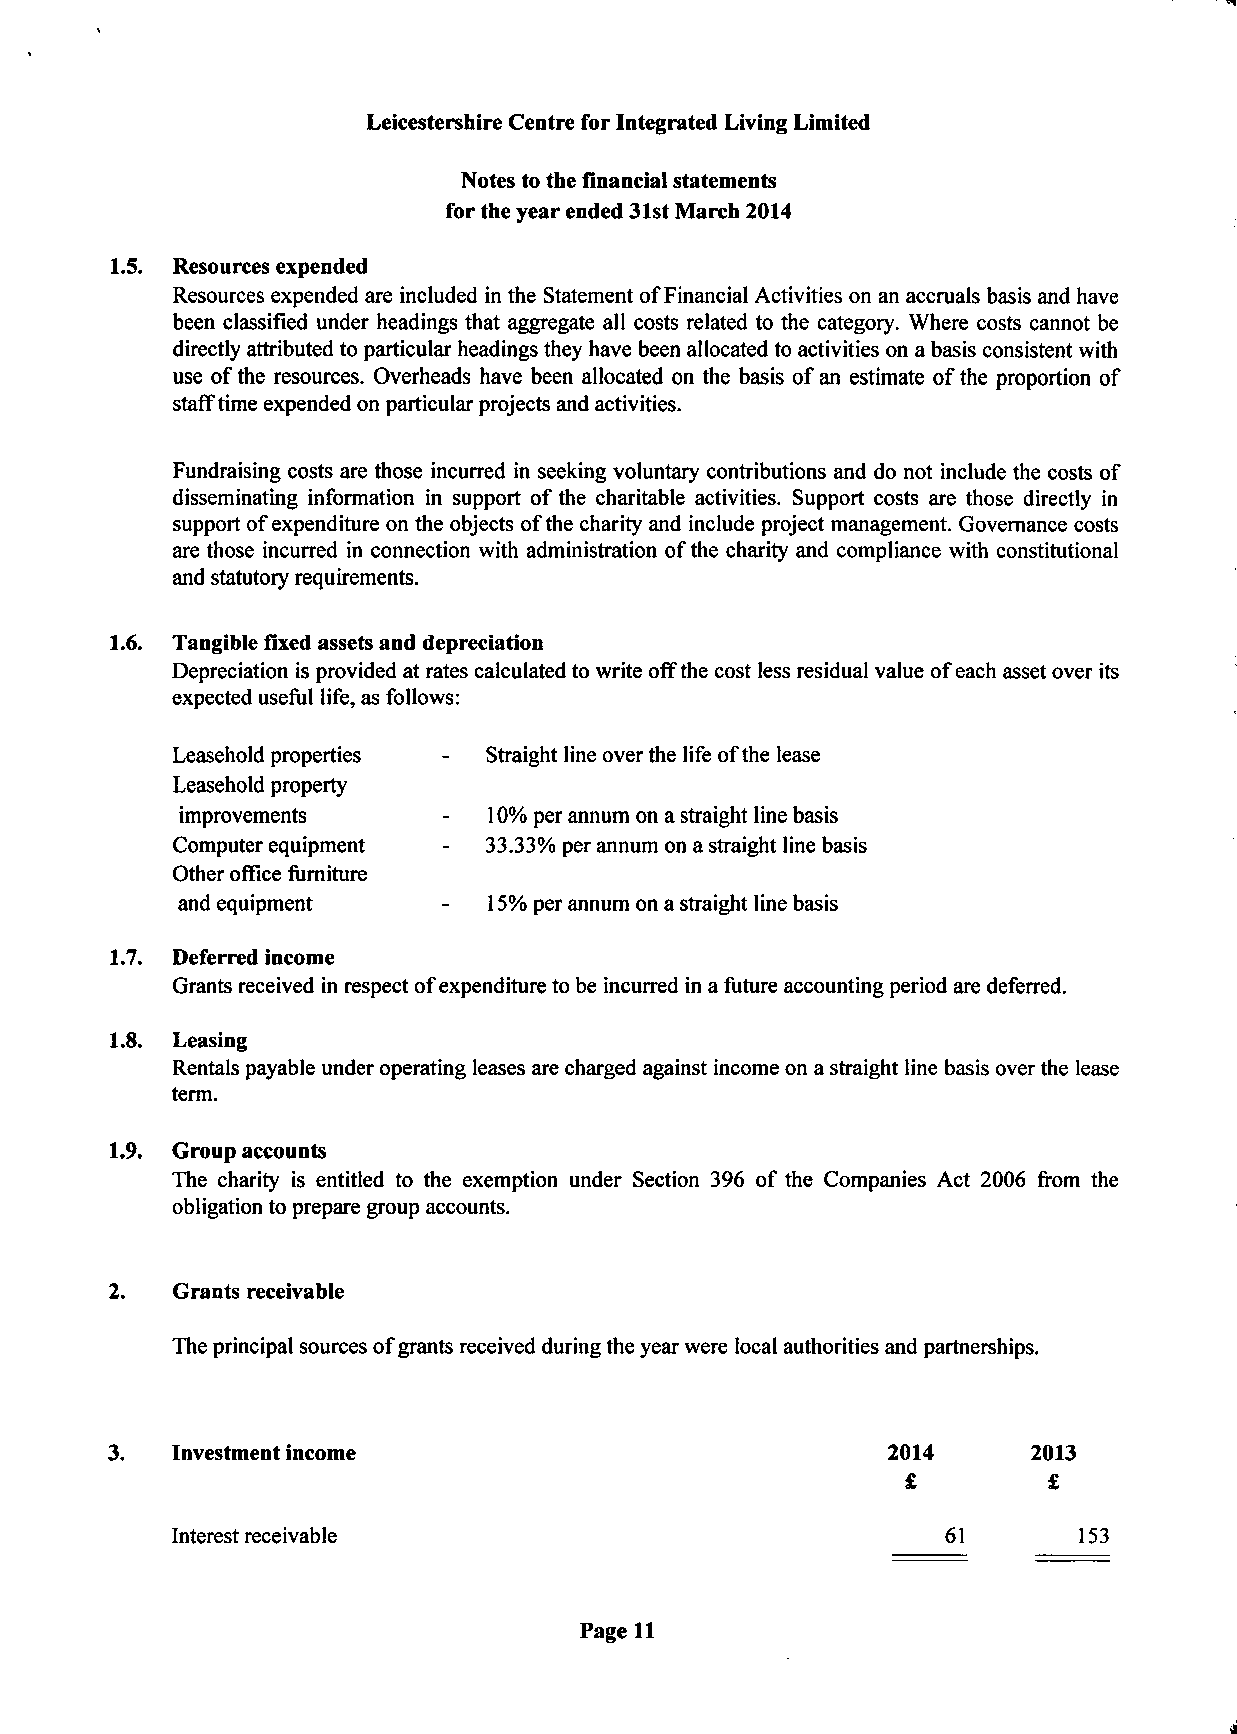
•  ^
 Leicestershire Centre for Integrated Living Limited
 Notes to the financial statements
 for the year ended 31st March 2014
 1.5. Resources expended
 Resources expended are included in the Statement of Financial Activities on an accruals basis and have
 been classified under headings that aggregate all costs related to the category. Where costs cannot be
 directly attributed to particular headings they have been allocated to activities on a basis consistent with
 use of the resources. Overheads have been allocated on the basis of an estimate of the proportion of
 staff time expended on particular projects and activities.
 Fundraising costs are those incurred in seeking voluntary contributions and do not include the costs of
 disseminating information in support of the charitable activities. Support costs are those directly in
 support of expenditure on the objects of the charity and include project management. Governance costs
 are those incurred in connection with administration of the charity and compliance with constitutional
 and statutory requirements.
 1.6. Tangible fixed assets and depreciation
 Depreciation is provided at rates calculated to write off the cost less residual value of each asset over its
 expected useful life, as follows:
 Leasehold properties - Straight line over the life of the lease
 Leasehold property
 improvements     -  10% per annum on a straight line basis
 Computer equipment - 33.33% per annum on a straight line basis
 Other office furniture
 and equipment    -  15% per annum on a straight line basis
 1.7. Deferred income
 Grants received in respect of expenditure to be incurred in a future accounting period are deferred.
 1.8. Leasing
 Rentals payable under operating leases are charged against income on a straight line basis over the lease
 term.
 1.9. Group accounts
 The charity is entitled to the exemption under Section 396 of the Companies Act 2006 from the
 obligation to prepare group accounts.
 2.  Grants receivable
 The principal sources of grants received during the year were local authorities and partnerships.
 Investment income                               2014      2013
 £        £
 Interest receivable                                 61       153
 Page 11